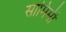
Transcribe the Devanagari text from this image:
सामिमी